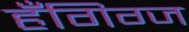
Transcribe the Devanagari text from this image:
हँगिग्ज